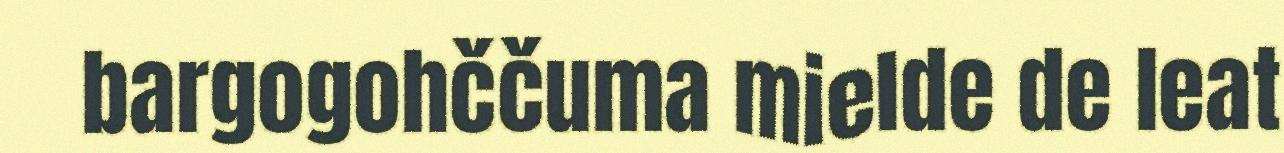
bargogohččuma mielde de leat